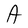
Character: A